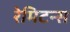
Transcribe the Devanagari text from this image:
रेमिटन्स